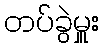
တပ်ခွဲမှူး